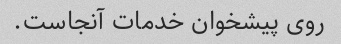
روی پیشخوان خدمات آنجاست.